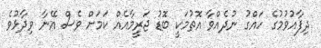
ދިފާއުވުމުގެ ހައްގު ނުދެއްވާ އޮތުމަކީ ބޮޑު ޖަރީމާއެއް ކަމަށް ވެސް އޭނާ ވިދާޅުވެ